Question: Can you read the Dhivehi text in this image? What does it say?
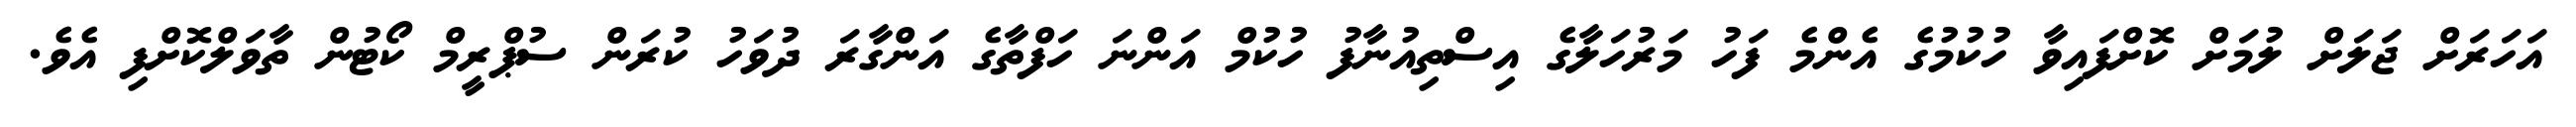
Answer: އަހަރަށް ޖަލަށް ލުމަށް ކޮށްފައިވާ ހުކުމުގެ އެންމެ ފަހު މަރުހަލާގެ އިސްތިއުނާފު ހުކުމް އަންނަ ހަފްތާގެ އަންގާރަ ދުވަހު ކުރަން ސުޕްރީމް ކޯޓުން ތާވަލްކޮށްފި އެވެ.